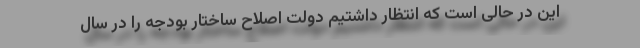
این در حالی است که انتظار داشتیم دولت اصلاح ساختار بودجه را در سال